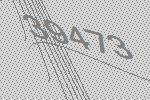
39473